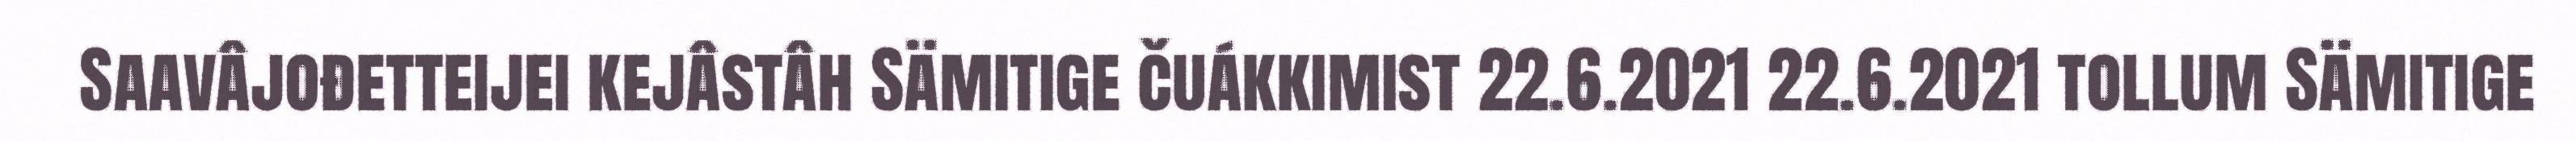
Saavâjođetteijei kejâstâh Sämitige čuákkimist 22.6.2021 22.6.2021 tollum Sämitige